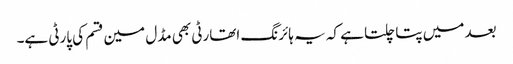
بعد میں پتا چلتا ہے کہ یہ ہائرنگ اتھارٹی بھی مڈل مین قسم کی پارٹی ہے۔